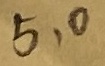
Text: 5,0